Vaccination returns of the Province of Eastern Bengal and Assam - 1905-1912
Year: 1905
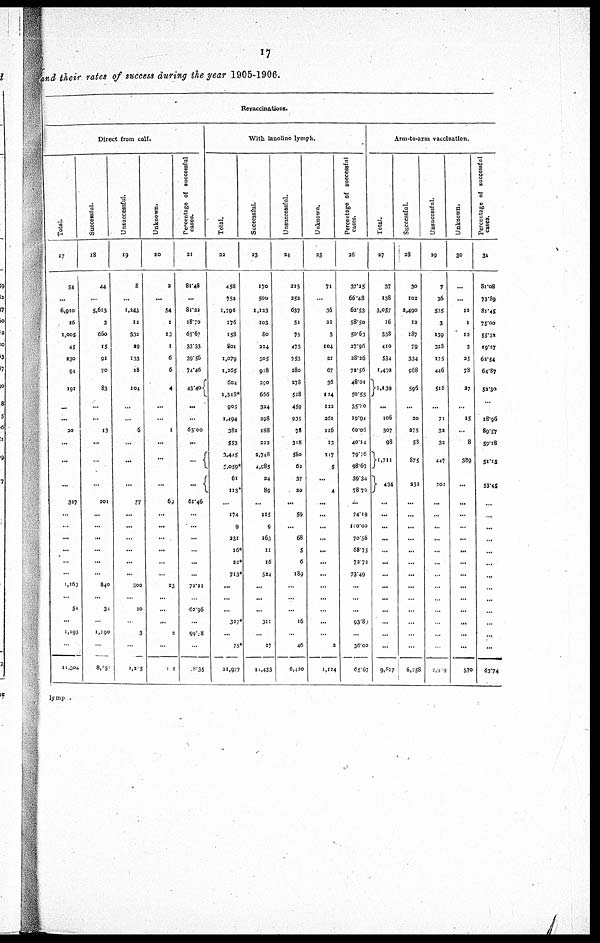
17
and their rates of success during the year 1905-1906.
Revaccinations.
Direct from calf.
Total.
17
54
...
6,910
16
1,005
45
230
94
191
...
...
20
...
...
...
327
...
...
...
...
...
...
1,163
...
54
...
1,193
...
11,304
Successful.
18
44
...
5,613
3
660
15
91
70
83
...
...
13
...
...
...
201
...
...
...
...
...
...
840
...
31
...
1,190
...
8,851
Unsuccessful.
19
8
...
1,243
12
332
29
133
18
104
...
...
6
...
...
...
57
...
...
...
...
...
...
300
...
20
...
3
...
2,205
Unknown.
20
3
...
54
1
13
1
6
6
4
...
...
1
...
...
...
69
...
...
...
...
...
...
23
...
...
...
2
...
102
Percentage of successful
cases.
21
81.48
...
81.22
18.70
65.67
33.33
39.56
74.46
43.40
...
...
65.00
...
...
...
61.46
...
...
...
...
...
...
72.22
...
62.96
...
99.28
...
8.35
With lanoline lymph.
Total.
22
456
752
1,796
176
158
801
1,079
1,265
604
1,318*
905
1,494
382
553
3,445
5,059*
61
113*
...
174
9
231
16*
22*
713*
...
...
...
327*
...
75*
21,977
Successful.
23
170
500
1,123
103
80
224
305
918
290
666
324
298
188
222
2,748
4,985
24
89
...
115
9
163
11
16
524
...
...
...
311
...
27
11,433
Unsuccessful.
24
215
252
637
51
75
473
753
280
278
528
459
935
78
318
580
62
37
20
...
59
...
68
5
6
189
...
...
...
16
...
46
6,420
Unknown.
25
71
...
36
22
3
104
21
67
36
124
122
36l
116
13
117
5
...
4
...
...
...
...
...
...
...
...
...
...
...
...
3
1,124
Percentage of successful
cases.
26
37.25
66.48
62.53
58.50
50.63
27.96
28.26
72.56
48.01
50.53
35.80
19.90
60.06
40.14
79.76
98.67
39.34
78.76
...
74.19
100.00
70.56
68.75
72.72
73.49
...
...
...
93.80
...
36.00
65.67
Arm-to-arm vaccination.
Total.
27
37
138
3,057
16
338
410
534
1,492
1,139
...
106
307
98
1,711
434
...
...
...
...
...
...
...
...
...
...
...
...
...
9,817
Successful.
28
30
102
2,490
12
187
79
334
968
596
...
20
275
53
875
232
...
...
...
...
...
...
...
...
...
...
...
...
...
6,258
Unsucessful.
29
7
36
555
3
139
323
175
446
515
...
71
32
32
447
202
...
...
...
...
...
...
...
...
...
..
...
...
...
2,909
Unknown.
30
...
...
12
1
12
3
25
78
27
...
15
...
8
389
...
...
...
...
...
...
...
...
...
...
...
...
...
...
570
Percentage of successful
cases.
31
81.08
73.89
81.45
75.00
55.32
19.27
62.54
64.87
52.30
...
18.96
89.57
59.18
51.13
53.45
...
...
...
...
...
...
...
...
...
...
...
...
...
63.74
lymp .